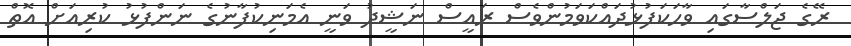
ރޭގެ ޖަލްސާގައި ވާހަކަފުޅުދައްކަވަމުންވެސް ރައީސް ނަޝީދު ވަނީ އެމަނިކުފާނުގެ ނަންފުޅު ކުރިއަށް އޮތް